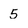
Character: 5